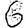
Digit: 6